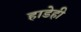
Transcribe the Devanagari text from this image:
हाडेही